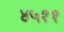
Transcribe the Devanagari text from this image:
४५११